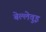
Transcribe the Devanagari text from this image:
बेल्लेवुइ